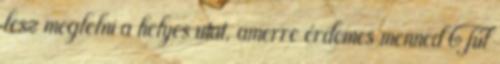
lesz meglelni a helyes utat, amerre érdemes menned Túl